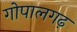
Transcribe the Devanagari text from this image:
गोपालगढ़